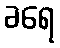
ခရေ